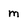
Character: m